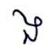
ង